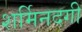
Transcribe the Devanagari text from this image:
शर्मिनदगी